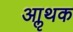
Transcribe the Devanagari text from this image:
आॢथक